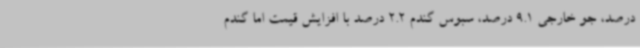
درصد، جو خارجی 9.1 درصد، سبوس گندم 2.2 درصد با افزایش قیمت اما گندم